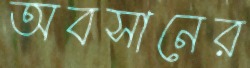
অবসানের